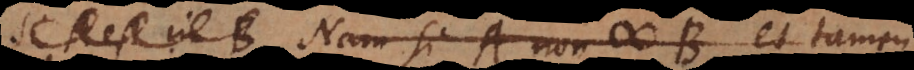
A est in B Nam si A non # B, et tamen